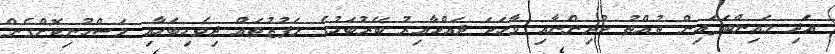
އަދި މައިންބަފައިން ތުއްތު ކުދިންނާއި ވާހަކަ ދައްކާއިރު ބޭރުބަހުގެ ލަފުޒުތައް ދިވެހިބަހާއި މަސްހުނިކޮށްގެން